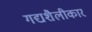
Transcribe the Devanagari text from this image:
गद्यशैलीकार